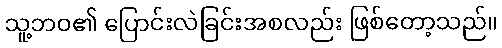
သူ့ဘဝ၏ ပြောင်းလဲခြင်းအစလည်း ဖြစ်တော့သည်။